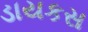
ડાયકસ